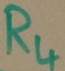
Text: R4